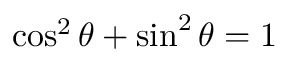
\cos ^ { 2 } \theta + \sin ^ { 2 } \theta = 1